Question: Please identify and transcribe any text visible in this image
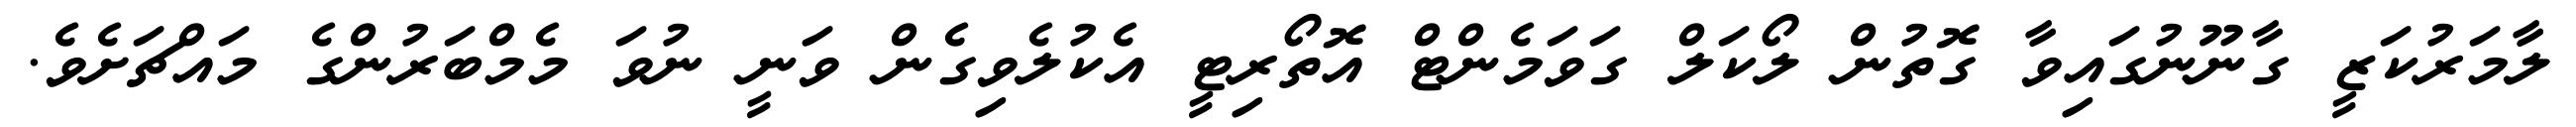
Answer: ލާމަރުކަޒީ ގާނޫނުގައިވާ ގޮތުން ލޯކަލް ގަވަމެންޓް އޮތޯރިޓީ އެކުލެވިގެން ވަނީ ނުވަ މެމްބަރުންގެ މައްޗަށެވެ.